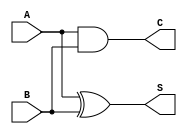
module HalfAdder (
    input wire A,  // First input bit
    input wire B,  // Second input bit
    output wire S, // Sum output
    output wire C  // Carry output
);

// Sum output (S) using XOR operation
assign S = A ^ B;

// Carry output (C) using AND operation
assign C = A & B;

endmodule